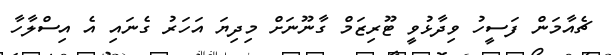
ޗެއާމަން ފަސީހު ވިދާޅުވީ ޓޫރިޒަމް ގާނޫނަށް މިދިޔަ އަހަރު ގެނައި އެ އިސްލާހާ